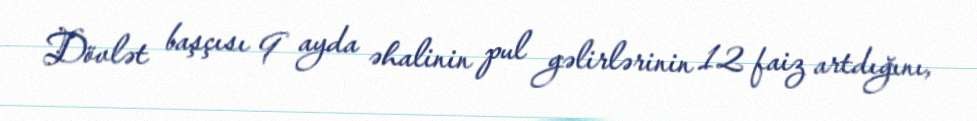
Dövlət başçısı 9 ayda əhalinin pul gəlirlərinin 12 faiz artdığını,